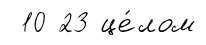
10 23 це́лом